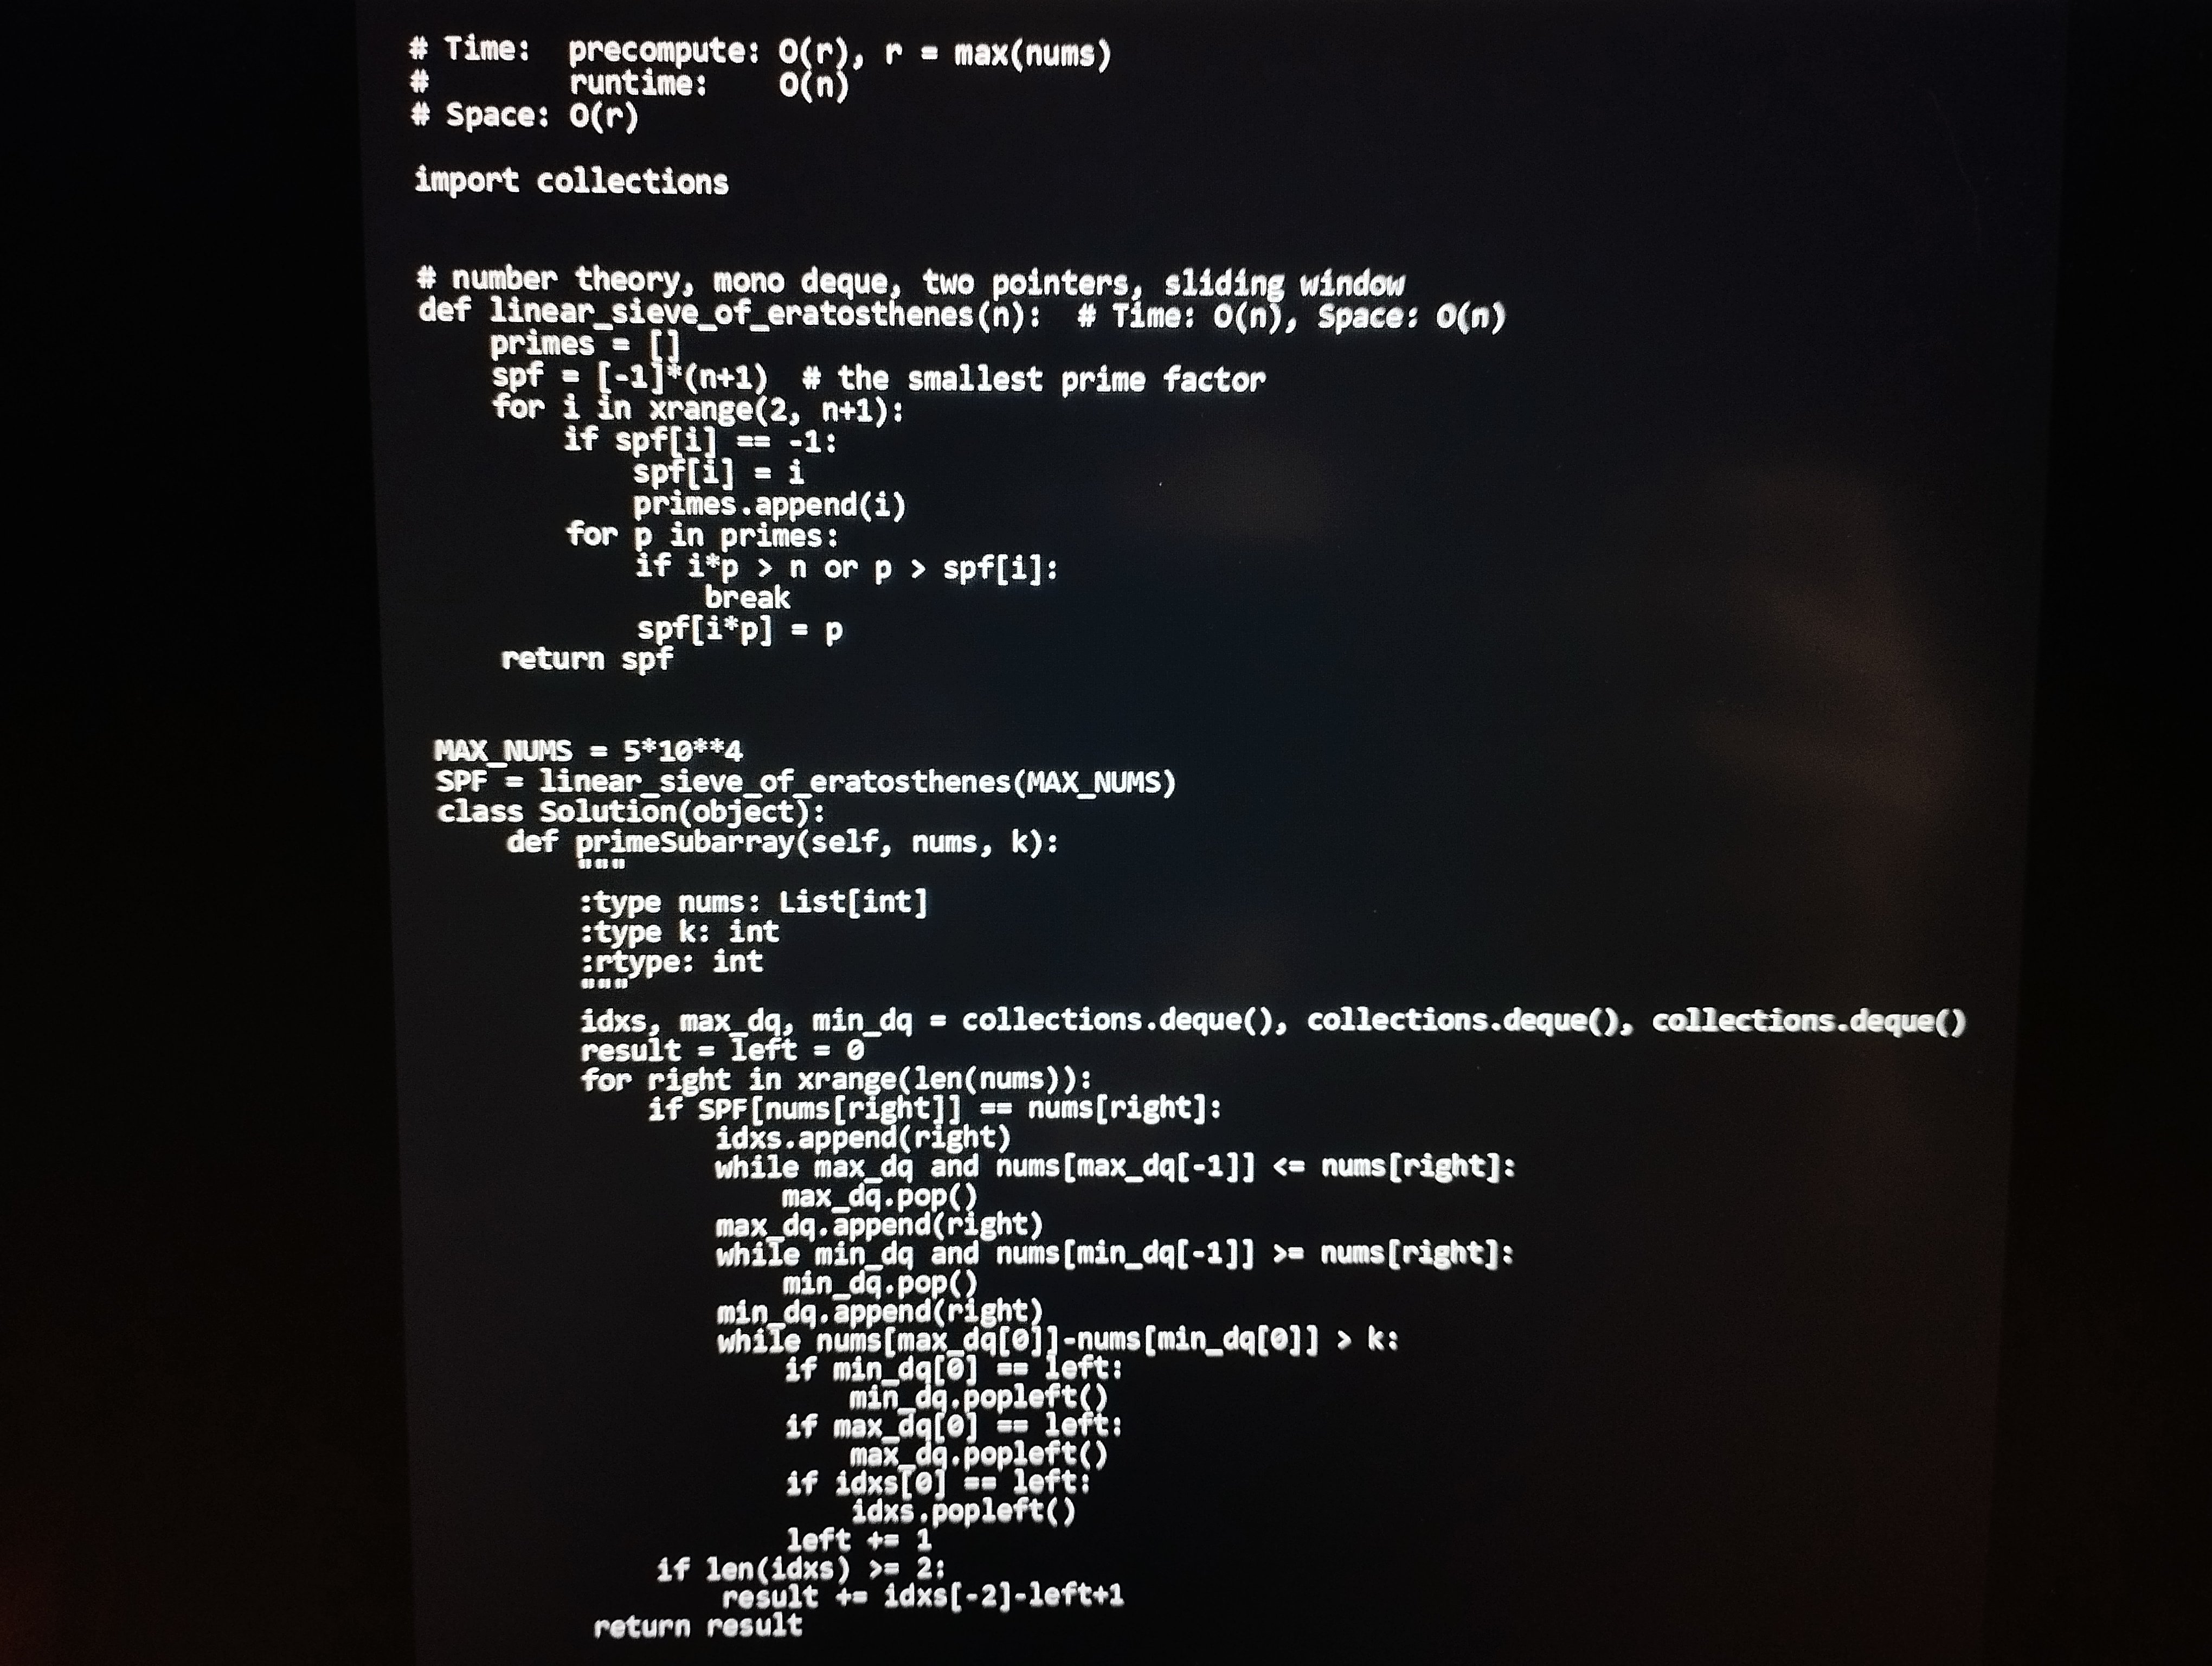
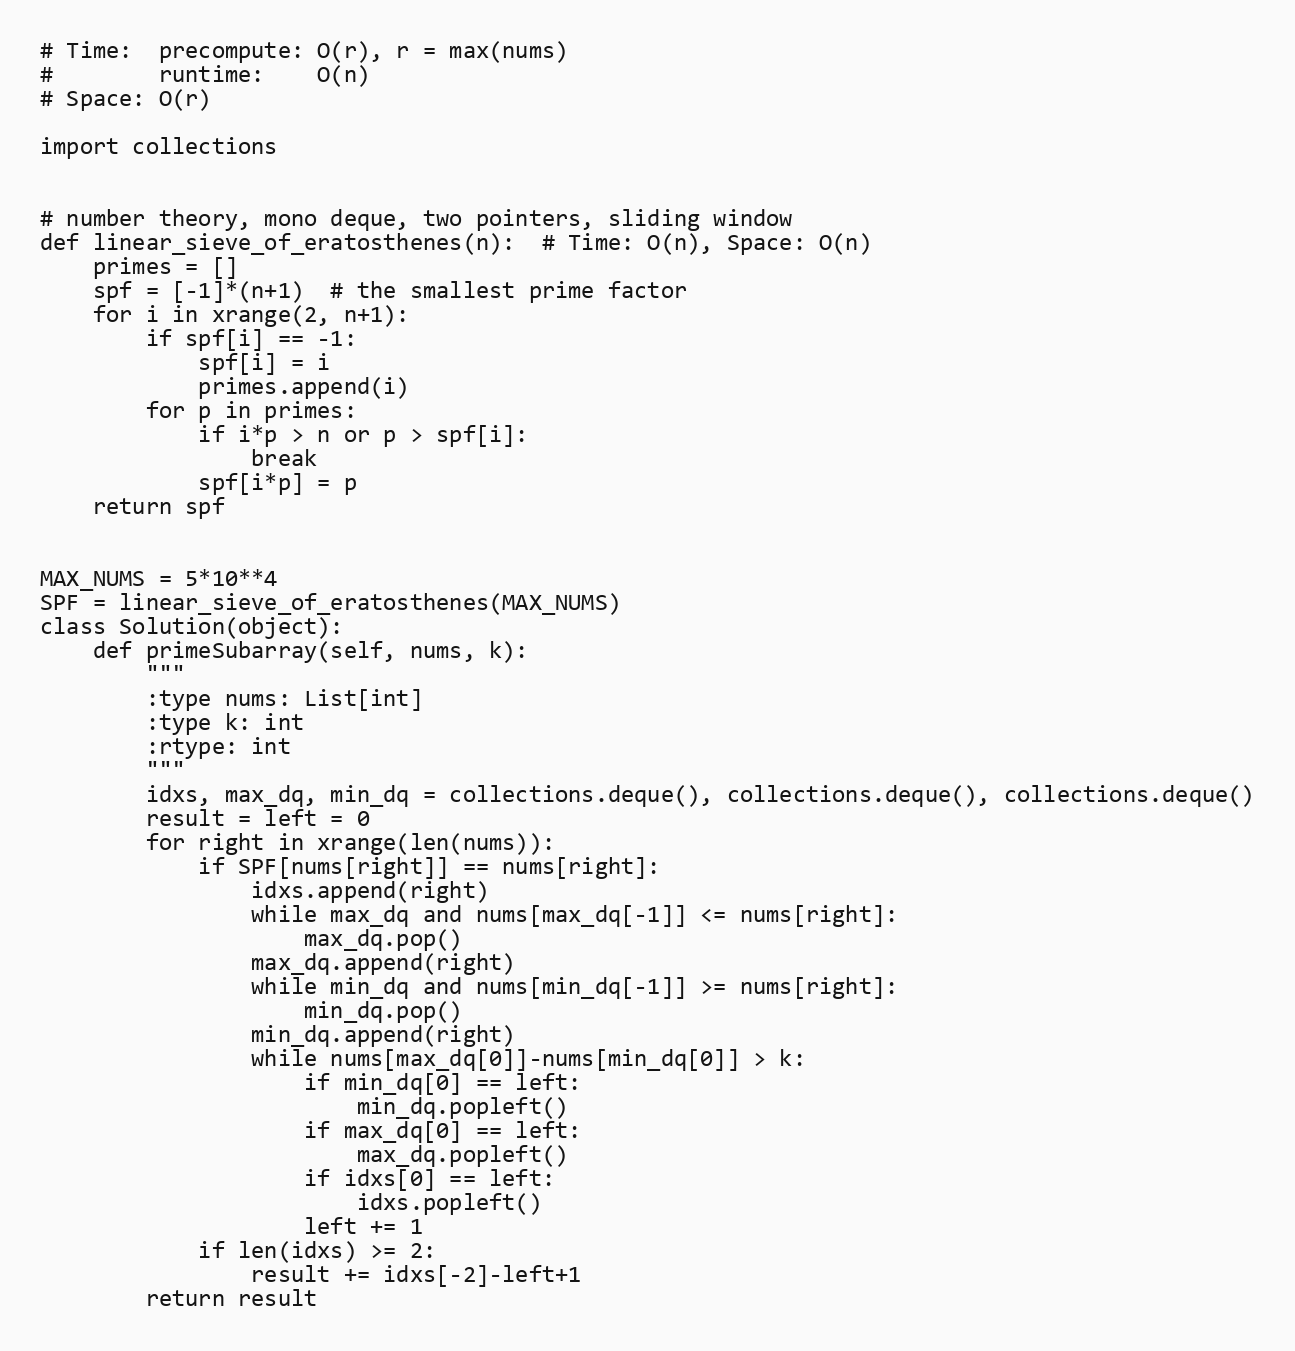
# Time:  precompute: O(r), r = max(nums)
#        runtime:    O(n)
# Space: O(r)

import collections

# number theory, mono deque, two pointers, sliding window
def linear_sieve_of_eratosthenes(n):  # Time: O(n), Space: O(n)
    primes = []
    spf = [-1]*(n+1)  # the smallest prime factor
    for i in xrange(2, n+1):
        if spf[i] == -1:
            spf[i] = i
            primes.append(i)
        for p in primes:
            if i*p > n or p > spf[i]:
                break
            spf[i*p] = p
    return spf

MAX_NUMS = 5*10**4
SPF = linear_sieve_of_eratosthenes(MAX_NUMS)
class Solution(object):
    def primeSubarray(self, nums, k):
        """
        :type nums: List[int]
        :type k: int
        :rtype: int
        """
        idxs, max_dq, min_dq = collections.deque(), collections.deque(), collections.deque()
        result = left = 0
        for right in xrange(len(nums)):
            if SPF[nums[right]] == nums[right]:
                idxs.append(right)
                while max_dq and nums[max_dq[-1]] <= nums[right]:
                    max_dq.pop()
                max_dq.append(right)
                while min_dq and nums[min_dq[-1]] >= nums[right]:
                    min_dq.pop()
                min_dq.append(right)
                while nums[max_dq[0]]-nums[min_dq[0]] > k:
                    if min_dq[0] == left:
                        min_dq.popleft()
                    if max_dq[0] == left:
                        max_dq.popleft()
                    if idxs[0] == left:
                        idxs.popleft()
                    left += 1
            if len(idxs) >= 2:
                result += idxs[-2]-left+1
        return result